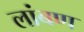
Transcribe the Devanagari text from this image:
लांबण